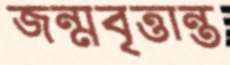
জন্মবৃত্তান্ত